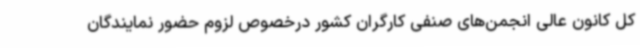
کل کانون عالی انجمن‌های صنفی کارگران کشور درخصوص لزوم حضور نمایندگان